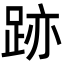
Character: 跡